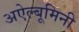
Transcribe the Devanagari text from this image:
अऐल्बूमिनी